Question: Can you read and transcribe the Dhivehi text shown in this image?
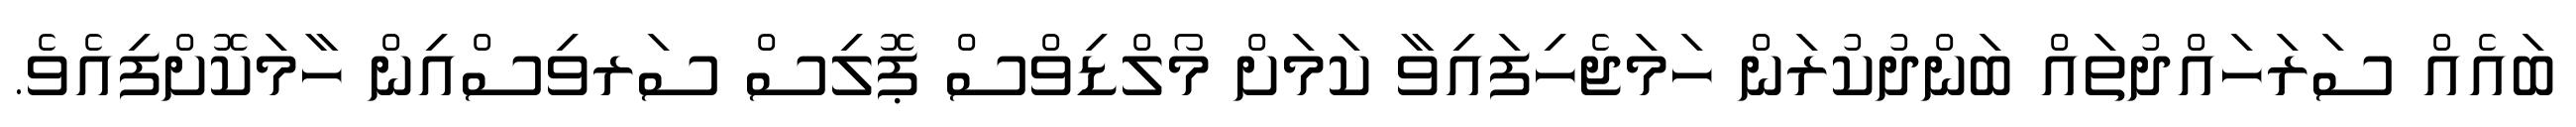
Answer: ބައެއް ސަރަހައްދުތައް ބަންދުކުރަން ހަމަޖެހިފައިވާ ކަމަށް މޯލްޑިވްސް ޕޮލިސް ސަރވިސްއިން ހާމަކޮށްފިއެވެ.